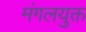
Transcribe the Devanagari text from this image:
मंगलयुक्त